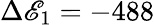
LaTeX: \Delta\mathscr{E}_{1}=-488